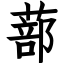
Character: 蔀